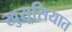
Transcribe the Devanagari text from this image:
खुसूसियात